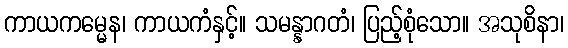
ကာယကမ္မေန၊ ကာယကံနှင့်။ သမန္နာဂတံ၊ ပြည့်စုံသော။ အသုစိနာ၊